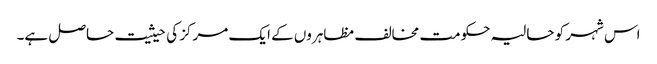
اس شہر کو حالیہ حکومت مخالف مظاہروں کے ایک مرکز کی حیثیت حاصل ہے۔